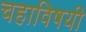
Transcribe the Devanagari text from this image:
चहाविषयी